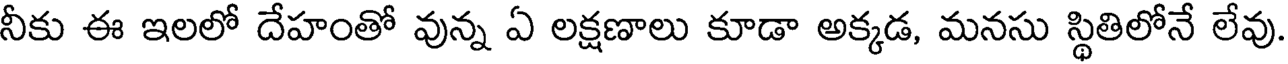
నీకు ఈ ఇలలో దేహంతో వున్న ఏ లక్షణాలు కూడా అక్కడ, మనసు స్థితిలోనే లేవు